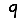
Digit: 9